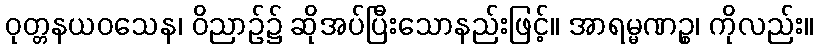
ဝုတ္တနယဝသေန၊ ဝိညာဉ်၌ ဆိုအပ်ပြီးသောနည်းဖြင့်။ အာရမ္မဏဉ္စ၊ ကိုလည်း။